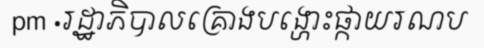
pm ·រដ្ឋាភិបាលគ្រោងបង្ហោះផ្កាយរណប